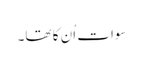
سوات اُن کا تھا۔